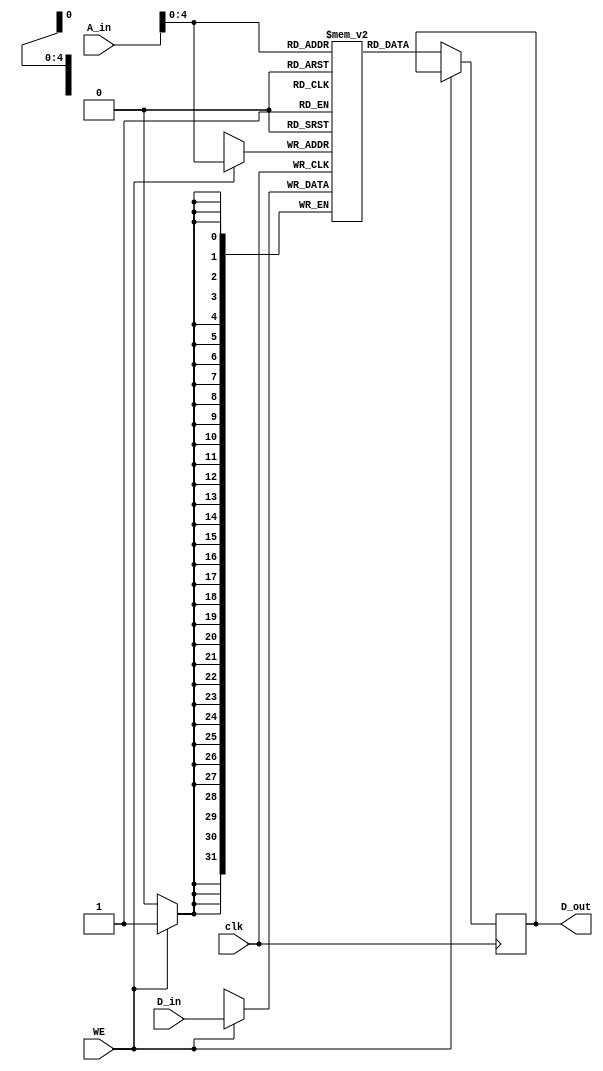
`timescale 1ns / 1ps
//////////////////////////////////////////////////////////////////////////////////
// Company: 
// Engineer: 
// 
// Design Name: 
// Module Name:    Data_Mem 
// Project Name: 
// Target Devices: 
// Tool versions: 
// Description: 
//
// Dependencies: 
//
// Revision: 
// Revision 0.01 - File Created
// Additional Comments: 
//
//////////////////////////////////////////////////////////////////////////////////
module Data_Mem(
    input [31:0] A_in,
    input [31:0] D_in,
    input WE,
    input clk,
    output reg [31:0] D_out
    );

reg [31:0] data_mem [31:0];
integer i;
initial
begin
	for(i = 0; i < 32; i = i + 1)
	begin
		data_mem[i] <= i;
		//register_memory[i] <= 32'b0;
	end
end
always @ (posedge clk)
begin
	if (WE == 1'b1)
	begin
		data_mem[A_in] <= D_in;
	end
	else if (WE == 1'b0)
	begin
		D_out <= data_mem[A_in];
	end

end

endmodule